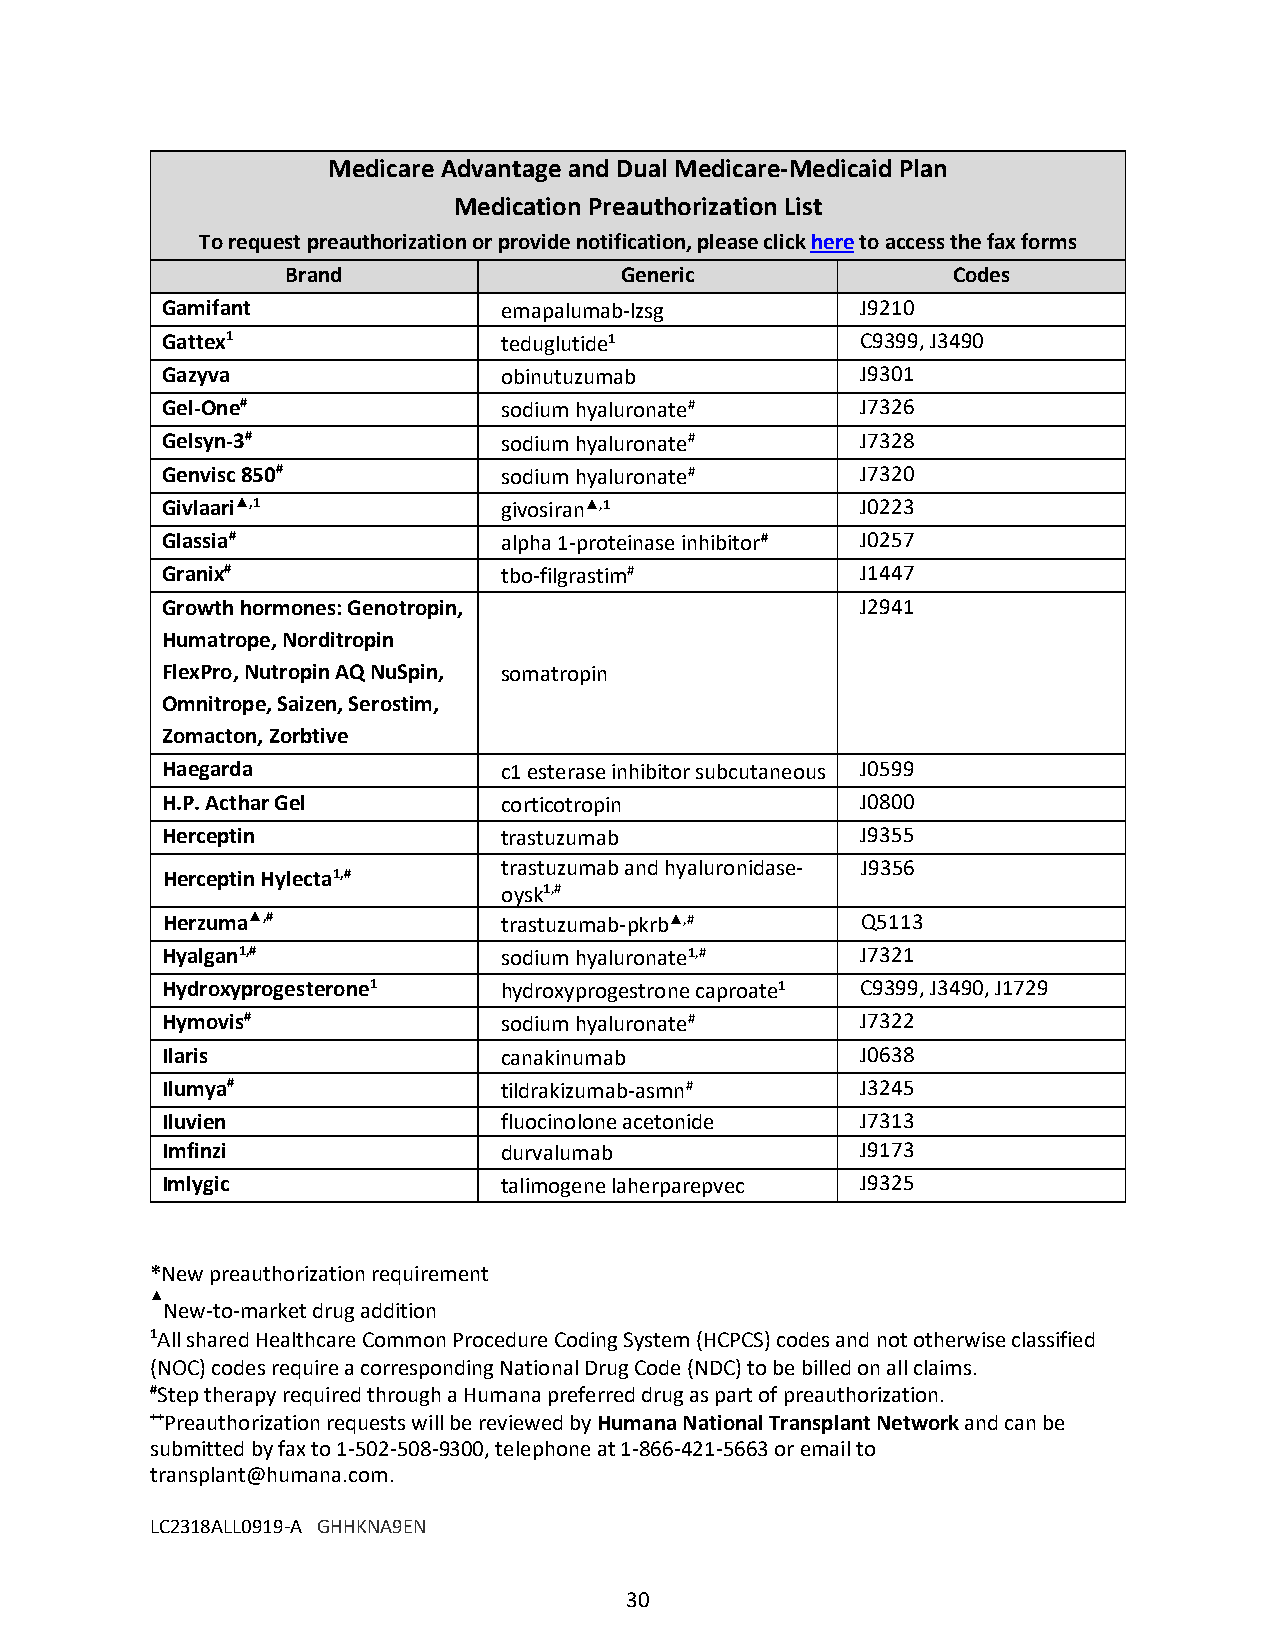
Medicare Advantage and Dual Medicare-Medicaid Plan
 Medication Preauthorization List
 To request preauthorization or provide notification, please click here to access the fax forms
 Brand                 Generic               Codes
 Gamifant              emapalumab-lzsg         J9210
 Gattex1               teduglutide1            C9399, J3490
 Gazyva                obinutuzumab            J9301
 Gel-One#              sodium hyaluronate#     J7326
 Gelsyn-3#             sodium hyaluronate#     J7328
 Genvisc 850#          sodium hyaluronate#     J7320
 Givlaari▲,1           givosiran▲,1            J0223
 Glassia#              alpha 1-proteinase inhibitor# J0257
 Granix#               tbo-filgrastim#         J1447
 Growth hormones: Genotropin,                  J2941
 Humatrope, Norditropin
 FlexPro, Nutropin AQ NuSpin, somatropin
 Omnitrope, Saizen, Serostim,
 Zomacton, Zorbtive
 Haegarda              c1 esterase inhibitor subcutaneous J0599
 H.P. Acthar Gel       corticotropin           J0800
 Herceptin             trastuzumab             J9355
 trastuzumab and hyaluronidase- J9356
 Herceptin Hylecta1,#
 oysk1,#
 Herzuma▲,#            trastuzumab-pkrb▲,#     Q5113
 Hyalgan1,#            sodium hyaluronate1,#   J7321
 Hydroxyprogesterone1  hydroxyprogestrone caproate1 C9399, J3490, J1729
 Hymovis#              sodium hyaluronate#     J7322
 Ilaris                canakinumab             J0638
 Ilumya#               tildrakizumab-asmn#     J3245
 Iluvien               fluocinolone acetonide  J7313
 Imfinzi               durvalumab              J9173
 Imlygic               talimogene laherparepvec J9325
 *New preauthorization requirement
 ▲
 New-to-market drug addition
 1All shared Healthcare Common Procedure Coding System (HCPCS) codes and not otherwise classified
 (NOC) codes require a corresponding National Drug Code (NDC) to be billed on all claims.
 #Step therapy required through a Humana preferred drug as part of preauthorization.
 ++Preauthorization requests will be reviewed by Humana National Transplant Network and can be
 submitted by fax to 1-502-508-9300, telephone at 1-866-421-5663 or email to
 transplant@humana.com.
 LC2318ALL0919-A GHHKNA9EN
 30